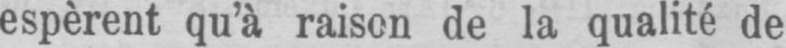
espèrent qu’à raison de la qualité de